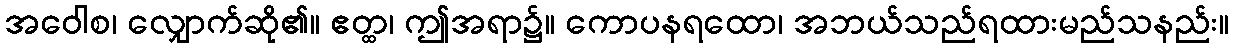
အဝေါစ၊ လျှောက်ဆို၏။ ဧတ္ထ၊ ဤအရာ၌။ ကောပနရထော၊ အဘယ်သည်ရထားမည်သနည်း။